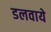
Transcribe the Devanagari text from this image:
डलवाये